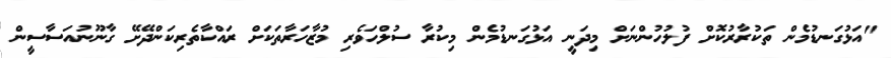
"އަޅުގަނޑުމެން ތަކުރާރުކޮށް ފުލުހުންނަށް މިދަނީ އަޅުގަނޑުމެން މިކުރާ ސުލްހަވެރި މުޒާހަރާތަކަށް ރައްކާތެރިކަންދޭށޭ ގާނޫނުއަސާސީން